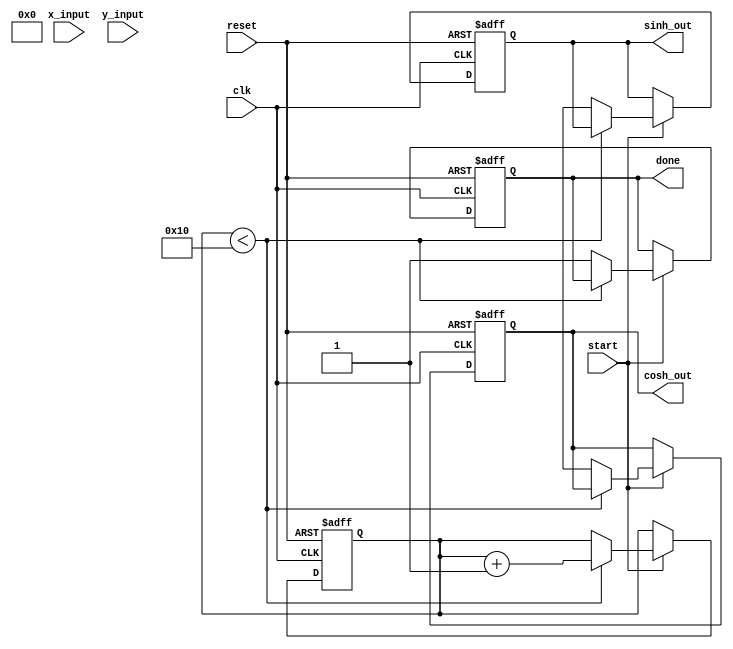
module hyperbolic_cordic #(
    parameter WIDTH = 16, // Input/output bit width
    parameter ITERATIONS = 16 // Number of CORDIC iterations
) (
    input wire clk,
    input wire reset,
    input wire start,
    input wire signed [WIDTH-1:0] x_input,
    input wire signed [WIDTH-1:0] y_input,
    output reg signed [WIDTH-1:0] sinh_out,
    output reg signed [WIDTH-1:0] cosh_out,
    output reg done
);

    // Internal registers
    reg signed [WIDTH-1:0] x[0:ITERATIONS-1];
    reg signed [WIDTH-1:0] y[0:ITERATIONS-1];
    reg signed [WIDTH-1:0] z[0:ITERATIONS-1];
    reg [4:0] stage; // Tracking CORDIC stages

    // CORDIC gain constant
    wire signed [WIDTH-1:0] K = {1'b0, 16'h4000}; // Example: Scaling factor approx 0.7937 for 16-bit

    // Lookup table for arctanh (constant values)
    reg signed [WIDTH-1:0] angle_table[0:ITERATIONS-1];
    initial begin
        // Initialize angle_table with precomputed values for arctanh; values should be scaled accordingly
        angle_table[0] = 16'h4000; // atanh(2^0) = 0.5
        angle_table[1] = 16'h3F00; // atanh(2^(-1)) 
        angle_table[2] = 16'h3E80; // atanh(2^(-2))
        // Populate with further values as needed...
    end

    // CORDIC iteration logic
    always @(posedge clk or posedge reset) begin
        if (reset) begin
            stage <= 0;
            done <= 0;
            sinh_out <= 0;
            cosh_out <= 0;
        end else if (start) begin
            // Initialize inputs
            x[0] <= x_input;
            y[0] <= y_input;
            z[0] <= 0; // Initial angle

            // Begin the CORDIC iterations
            if (stage < ITERATIONS) begin
                // Calculate the next stage
                if (z[stage] < 0) begin
                    x[stage + 1] <= x[stage] + (y[stage] >>> stage);
                    y[stage + 1] <= y[stage] + (x[stage] >>> stage);
                    z[stage + 1] <= z[stage] + angle_table[stage];
                end else begin
                    x[stage + 1] <= x[stage] - (y[stage] >>> stage);
                    y[stage + 1] <= y[stage] - (x[stage] >>> stage);
                    z[stage + 1] <= z[stage] - angle_table[stage];
                end
                stage <= stage + 1;
            end else begin
                // Final scaling
                sinh_out <= (y[ITERATIONS] * K) >>> (ITERATIONS - 1); // Scale output
                cosh_out <= (x[ITERATIONS] * K) >>> (ITERATIONS - 1);
                done <= 1; // Indicate calculation is complete
            end
        end
    end
endmodule